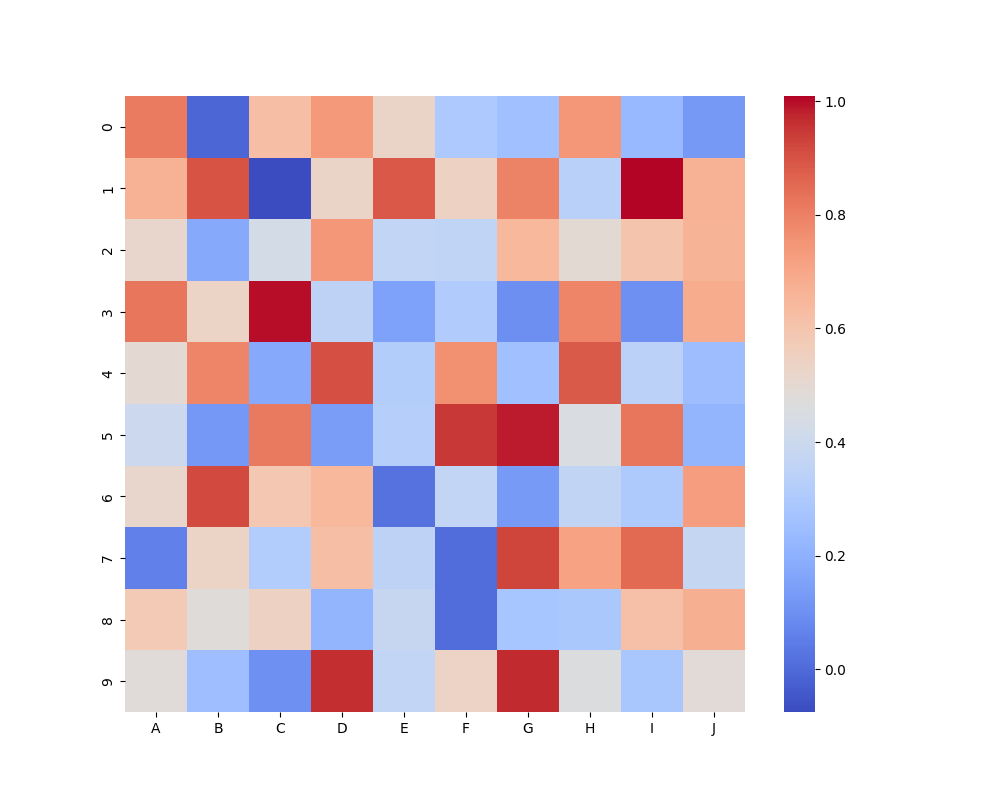
python, seaborn, heatmap, cmap='coolwarm', linewidths=0.0, center=none